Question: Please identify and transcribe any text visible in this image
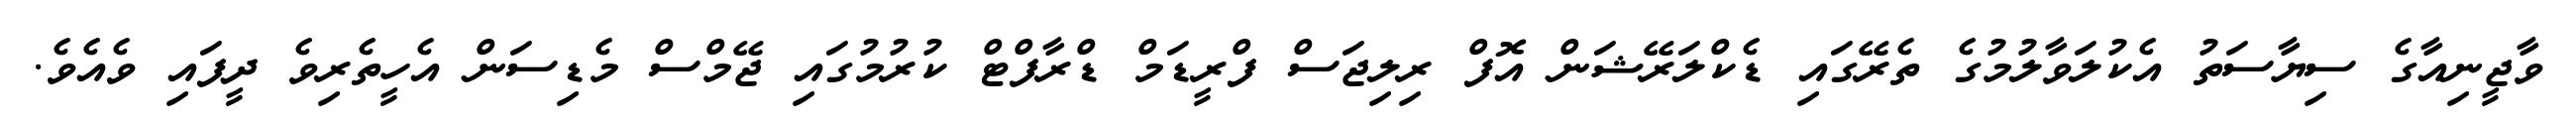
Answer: ވާޖީނިއާގެ ސިޔާސަތު އެކުލަވާލުމުގެ ތެރޭގައި ޑެކްލަރޭޝަން އޮފް ރިލިޖަސް ފްރީޑަމް ޑްރާފްޓް ކުރުމުގައި ޖޭމްސް މެޑިސަން އެހީތެރިވެ ދީފައި ވެއެވެ.